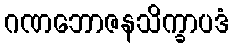
ဂဏဘောဇနသိက္ခာပဒံ